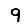
Digit: 9